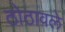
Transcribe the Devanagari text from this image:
ठोठावले